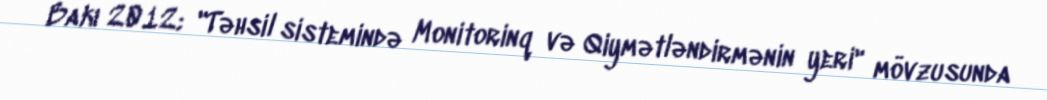
Bakı 2012; "Təhsil sistemində Monitorinq və Qiymətləndirmənin yeri" mövzusunda